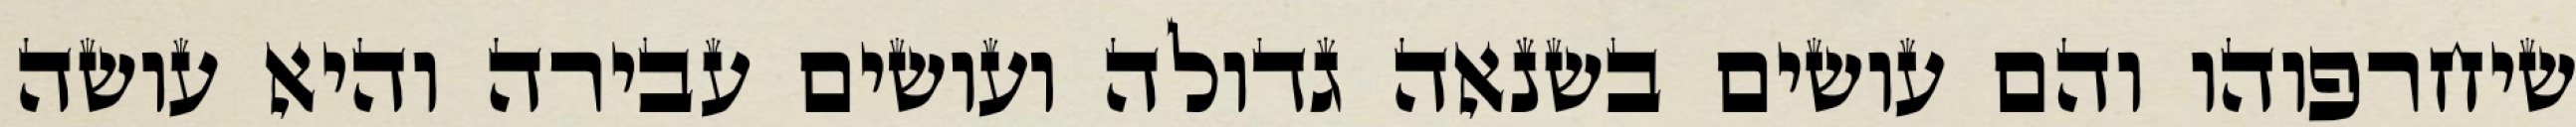
שיחרפוהו והם עושים בשנאה גדולה ועושים עבירה והיא עושה